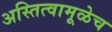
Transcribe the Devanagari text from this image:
अस्तित्वामूळेच